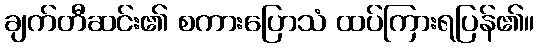
ချက်တီဆင်း၏ စကားပြောသံ ထပ်ကြားရပြန်၏။